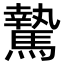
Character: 騺